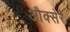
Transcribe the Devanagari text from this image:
औक्सेरे